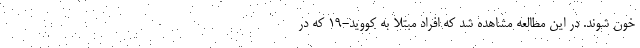
خون شوند. در این مطالعه مشاهده شد که افراد مبتلا به کووید-۱۹ که در